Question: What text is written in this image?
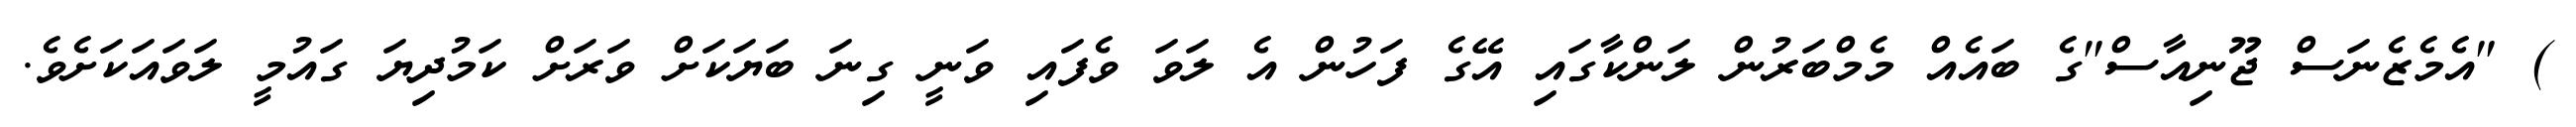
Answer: ) "އެމެޒެނަސް ޖޫނިއާސް"ގެ ބައެއް މެމްބަރުން ލަންކާގައި އޭގެ ފަހުން އެ ލަވަ ވެފައި ވަނީ ގިނަ ބަޔަކަށް ވަރަށް ކަމުދިޔަ ގައުމީ ލަވައަކަށެވެ.